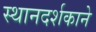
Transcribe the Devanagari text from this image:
स्थानदर्शकाने